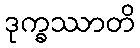
ဒုက္ခဿာတိ